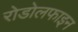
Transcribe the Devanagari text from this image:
रोडोलफाइन